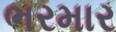
ભરમાર